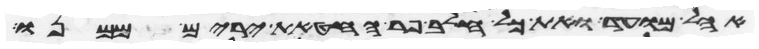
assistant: אהל מועד ואת כל חלב פר החטאת ירים ממנו